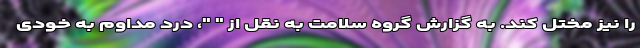
را نیز مختل کند. به گزارش گروه سلامت به نقل از " "، درد مداوم به خودی